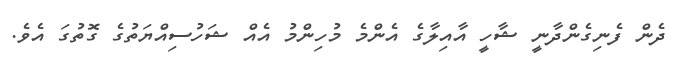
ދެން ފެނިގެންދާނީ ޝާހީ އާއިލާގެ އެންމެ މުހިންމު އެއް ޝަހުސިއްޔަތުގެ ގޮތުގަ އެވެ.